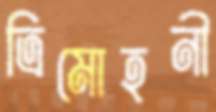
ত্রিমোহনী